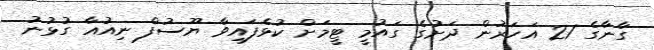
ގާނާގެ 21 އަހަރުން ދަށުގެ ގައުމީ ޓީމަށް ކުޅެފައިވާ ޔޫސުފް ނިއުއާ ގުޅުނު